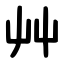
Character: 艸